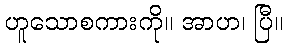
ဟူသောစကားကို။ အာဟ၊ ပြီ။